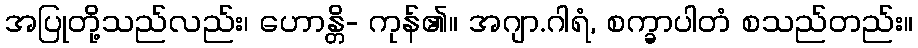
အပြုတို့သည်လည်း၊ ဟောန္တိ- ကုန်၏။ အဂျာ.ဂါရံ, စက္ခာပါတံ စသည်တည်း။